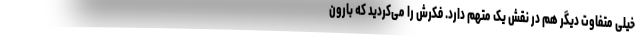
خیلی متفاوت دیگر هم در نقش یک متهم دارد. فکرش را می‌کردید که بارون